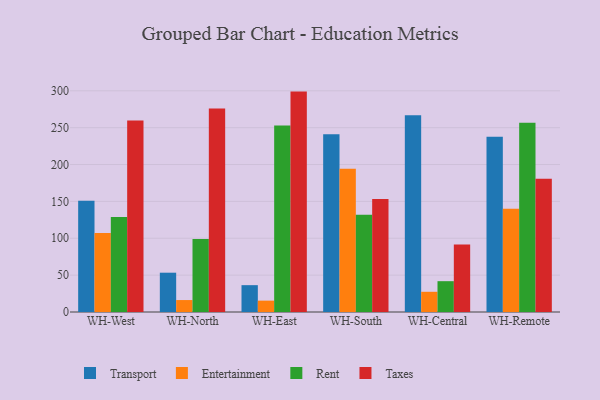
{"axis": {"x": "Warehouse", "y": "Energy Usage (MWh)"}, "legend": ["Entertainment", "Rent", "Taxes", "Transport"], "data": [{"x": "WH-West", "y": 151.0, "type": "Transport"}, {"x": "WH-West", "y": 107.1, "type": "Entertainment"}, {"x": "WH-West", "y": 128.8, "type": "Rent"}, {"x": "WH-West", "y": 259.7, "type": "Taxes"}, {"x": "WH-North", "y": 53.3, "type": "Transport"}, {"x": "WH-North", "y": 16.2, "type": "Entertainment"}, {"x": "WH-North", "y": 99.0, "type": "Rent"}, {"x": "WH-North", "y": 275.9, "type": "Taxes"}, {"x": "WH-East", "y": 36.4, "type": "Transport"}, {"x": "WH-East", "y": 15.4, "type": "Entertainment"}, {"x": "WH-East", "y": 253.0, "type": "Rent"}, {"x": "WH-East", "y": 298.9, "type": "Taxes"}, {"x": "WH-South", "y": 241.2, "type": "Transport"}, {"x": "WH-South", "y": 194.2, "type": "Entertainment"}, {"x": "WH-South", "y": 132.0, "type": "Rent"}, {"x": "WH-South", "y": 153.4, "type": "Taxes"}, {"x": "WH-Central", "y": 266.8, "type": "Transport"}, {"x": "WH-Central", "y": 27.4, "type": "Entertainment"}, {"x": "WH-Central", "y": 41.8, "type": "Rent"}, {"x": "WH-Central", "y": 91.6, "type": "Taxes"}, {"x": "WH-Remote", "y": 237.5, "type": "Transport"}, {"x": "WH-Remote", "y": 139.9, "type": "Entertainment"}, {"x": "WH-Remote", "y": 256.8, "type": "Rent"}, {"x": "WH-Remote", "y": 180.7, "type": "Taxes"}]}